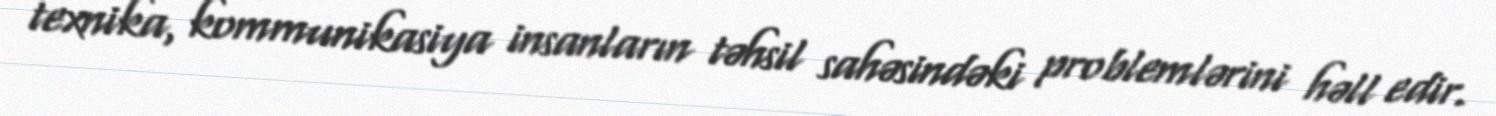
texnika, kommunikasiya insanların təhsil sahəsindəki problemlərini həll edir.